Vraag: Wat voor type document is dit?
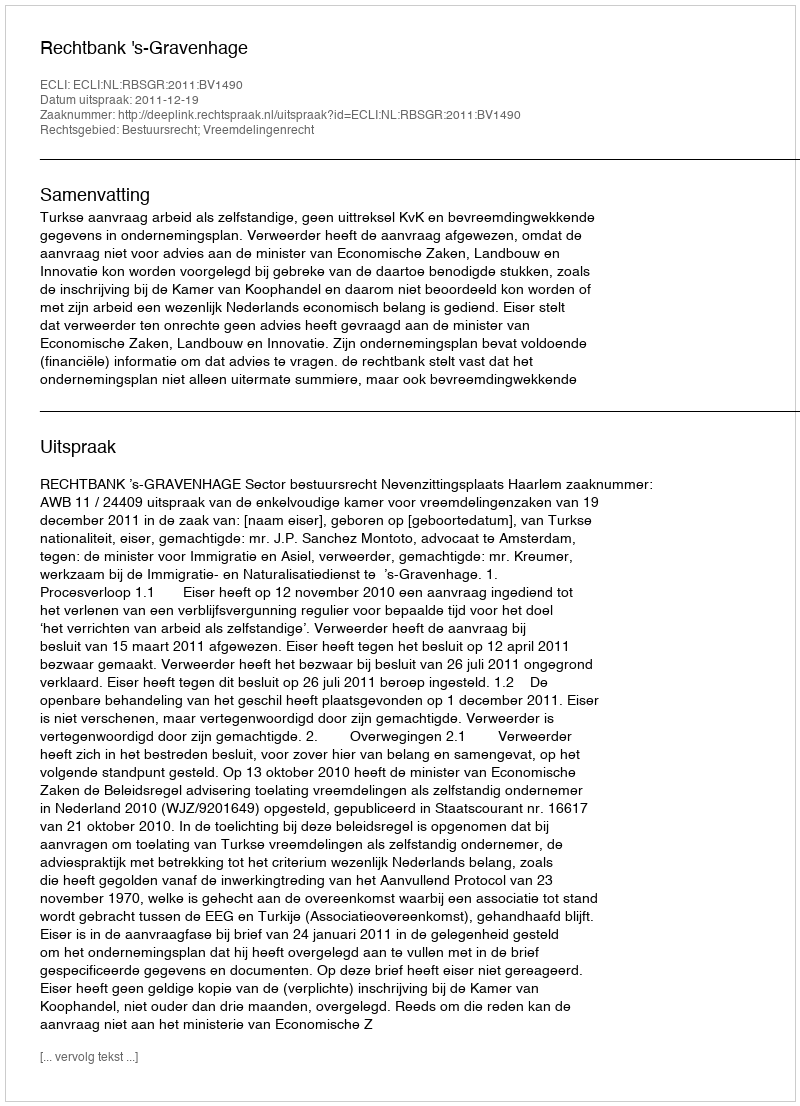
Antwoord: Uitspraak